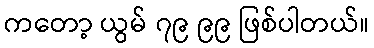
ကတော့ ယွမ် ၇၉ ၉၉ ဖြစ်ပါတယ်။